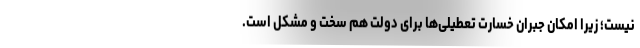
نیست؛ زیرا امکان جبران خسارت تعطیلی‌ها برای دولت هم سخت و مشکل است.